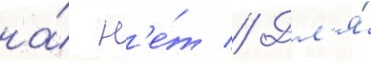
на́ н'е́т // Дл'я́